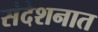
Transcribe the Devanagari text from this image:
संदेशनात